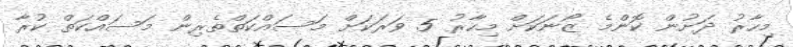
މިހާރު ދަށުން ކޮންމެ ޒޯނަކަށް މިހާރު 5 ވަރަކަށް މަސައްކަތްތެރިން މަސައްކަތް ކުރާ